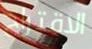
الاقتراح